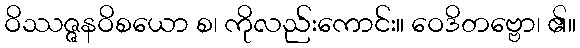
ဝိဿဇ္ဇနဝိစယော စ၊ ကိုလည်းကောင်း။ ဝေဒိတဗ္ဗော၊ ၏။